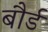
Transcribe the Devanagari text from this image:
बौर्ड